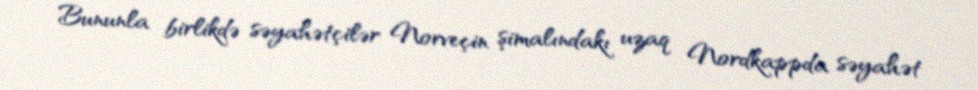
Bununla birlikdə səyahətçilər Norveçin şimalındakı uzaq Nordkappda səyahət